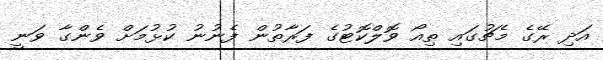
އަދި ރޭގެ މެޗުގައި ތިއޯ ވޮލްކޮޓުގެ ފަރާތުން ފެނުނު ކުޅުމަށް ވެންގާ ވަނީ